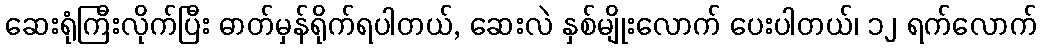
ဆေးရုံကြီးလိုက်ပြီး ဓာတ်မှန်ရိုက်ရပါတယ်, ဆေးလဲ နှစ်မျိုးလောက် ပေးပါတယ်၊ ၁၂ ရက်လောက်